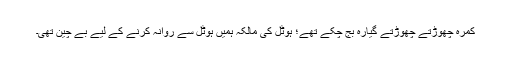
کمرہ چھوڑتے چھوڑتے گیارہ بج چکے تھے؛ ہوٹل کی مالکہ ہمیں ہوٹل سے روانہ کرنے کے لیے بے چین تھی۔